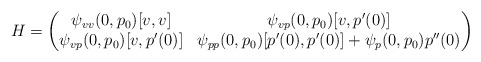
\begin{align*} H = \begin{pmatrix}\psi_{vv}(0, p_0)[v,v] & \psi_{vp}(0,p_0)[v, p'(0)]\\\psi_{vp}(0,p_0)[v, p'(0)] & \psi_{pp}(0,p_0)[p'(0), p'(0)] + \psi_p(0,p_0)p''(0)\end{pmatrix}\end{align*}